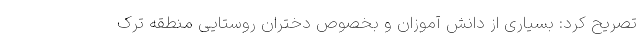
تصریح کرد: بسیاری از دانش آموزان و بخصوص دختران روستایی منطقه ترک